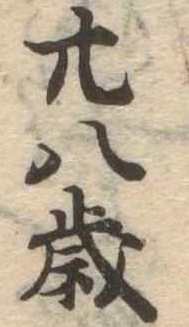
廿八歳